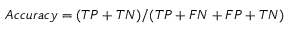
A c c u r a c y = ( T P + T N ) / ( T P + F N + F P + T N )